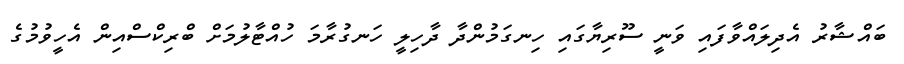
ބައްޝާރު އެދިލައްވާފައި ވަނީ ސޫރިޔާގައި ހިނގަމުންދާ ދާހިލީ ހަނގުރާމަ ހުއްޓާލުމަށް ބްރިކްސްއިން އެހީވުމުގެ